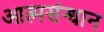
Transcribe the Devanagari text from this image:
आत्मसंन्धान